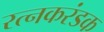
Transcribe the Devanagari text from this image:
रत्नकरंडक